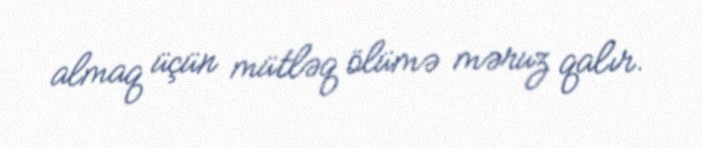
almaq üçün mütləq ölümə məruz qalır.